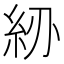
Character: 𥾠